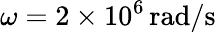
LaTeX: \omega=2\times 10^{6}\, \mathrm{rad/s}